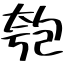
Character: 匏